Annual administration report of the Civil Veterinary Department of India - 1896-1897
Year: 1896
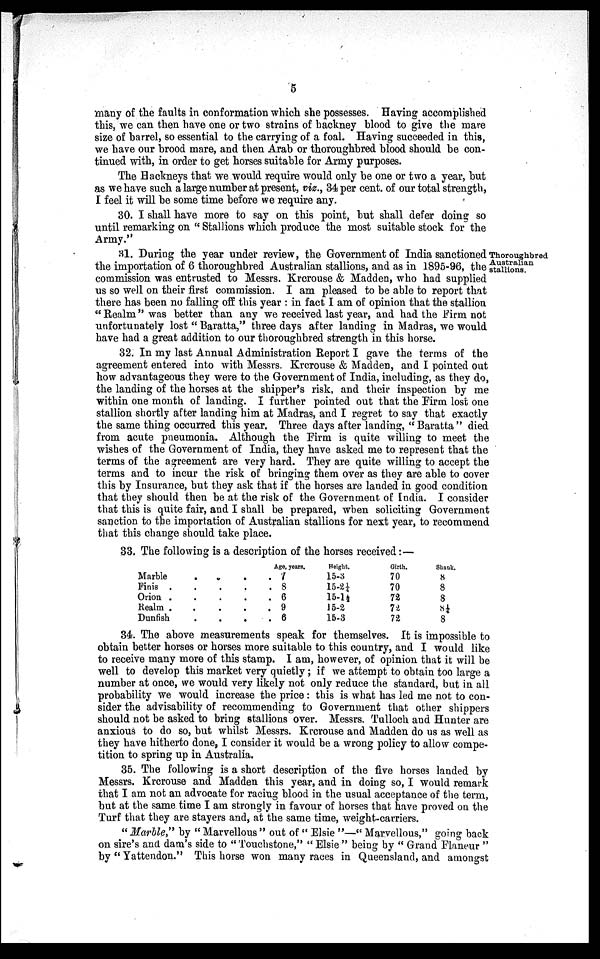
5
many of the faults in conformation which she possesses. Having accomplished
this, we can then have one or two strains of backney blood to give the mare
size of barrel, so essential to the carrying of a foal. Having succeeded in this,
we have our brood mare, and then Arab or thoroughbred blood should be con-
tinued with, in order to get horses suitable for Army purposes.
The Hackneys that we would require would only be one or two a year, but
as we have such a large number at present, viz., 34 per cent. of our total strength,
I feel it will be some time before we require any.
30. I shall have more to say on this point, but shall defer doing so
until remarking on "Stallions which produce the most suitable stock for the
Army."
Thoroughbred
Australian.
stallions.
31. During the year under review, the Government of India sanctioned
the importation of 6 thoroughbred Australian stallions, and as in 1895-96, the
commission was entrusted to Messrs. Krcrouse & Madden, who had supplied
us so well on their first commission. I am pleased to be able to report that
there has been no falling off this year: in fact I am of opinion that the stallion
"Realm" was better than any we received last year, and had the Firm not
unfortunately lost "Baratta," three days after landing in Madras, we would
have had a great addition to our thoroughbred strength in this horse.
32. In my last Annual Administration Report I gave the terms of the
agreement entered into with Messrs. Krcrouse & Madden, and I pointed out
how advantageous they were to the Government of India, including, as they do,
the landing of the horses at the shipper's risk, and their inspection by me
within one month of landing. I further pointed out that the Firm lost one
stallion shortly after landing him at Madras, and I regret to say that exactly
the same thing occurred this year. Three days after landing, "Baratta" died
from acute pneumonia. Although the Firm is quite willing to meet the
wishes of the Government of India, they have asked me to represent that the
terms of the agreement are very hard. They are quite willing to accept the
terms and to incur the risk of bringing them over as they are able to cover
this by Insurance, but they ask that if the horses are landed in good condition
that they should then be at the risk of the Government of India. I consider
that this is quite fair, and I shall be prepared, when soliciting Government
sanction to the importation of Australian stallions for next year, to recommend
that this change should take place.
33. The following is a description of the horses received:—
Marble
.
.
.
.
.
Finis .
.
.
.
.
Orion
.
.
.
.
.
Realm
.
.
.
.
.
Dunfish
.
.
.
.
.
Age, years.
7
8
6
9
6
Height.
15-3
15-2¼
15-1½
15-2
15-3
Girth.
70
70
72
74
72
Shank.
8
8
8
8¼
8
34. The above measurements speak for themselves. It is impossible to
obtain better horses or horses more suitable to this country, and I would like
to receive many more of this stamp. I am, however, of opinion that it will be
well to develop this market very quietly; if we attempt to obtain too large a
number at once, we would very likely not only reduce the standard, but in all
probability we would increase the price: this is what has led me not to con-
sider the advisability of recommending to Government that other shippers
should not be asked to bring stallions over. Messrs. Tulloch and Hunter are
anxious to do so, but whilst Messrs. Krcrouse and Madden do us as well as
they have hitherto done, I consider it would be a wrong policy to allow compe-
tition to spring up in Australia.
35. The following is a short description of the five horses landed by
Messrs. Krcrouse and Madden this year, and in doing so, I would remark
that I am not an advocate for racing blood in the usual acceptance of the term,
but at the same time I am strongly in favour of horses that have proved on the
Turf that they are stayers and, at the same time, weight-carriers.
"Marble" by "Marvellous" out of "Elsie"—"Marvellous," going back
on sire's and dam's side to "Touchstone," "Elsie" being by "Grand Flaneur"
by "Yattendon." This horse won many races in Queensland, and amongst